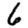
Digit: 6